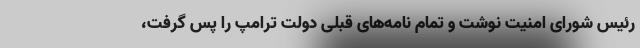
رئیس شورای امنیت نوشت و تمام نامه‌های قبلی دولت ترامپ را پس گرفت،